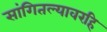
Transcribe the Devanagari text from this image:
सांगितल्यावरहि